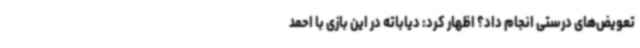
تعویض‌های درستی انجام داد؟ اظهار کرد: دیاباته در این بازی با احمد